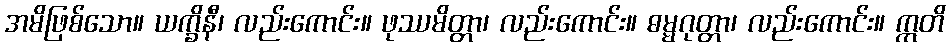
အမိဖြစ်သော။ ယက္ခိနီ၊ လည်းကောင်း။ ဖုဿမိတ္တာ၊ လည်းကောင်း။ ဓမ္မဂုတ္တာ၊ လည်းကောင်း။ ဣတိ